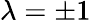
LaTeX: \lambda=\pm 1